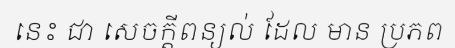
នេះ ជា សេចក្តីពន្យល់ ដែល មាន ប្រភព